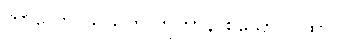
ကာလော ဃသတိ ဘူတာနိ စသော ဂါထာ။